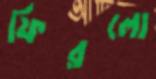
ফিরলো